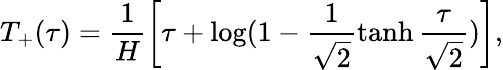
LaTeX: T_{+}(\tau)=\frac{1}{H}\left[\tau+\log(1-\frac{1}{\sqrt{2}}\operatorname{tanh}\frac{\tau}{\sqrt{2}})\right],